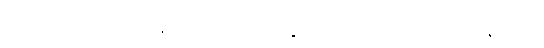
၂၀၁၉ -၂၀ ပညာသင်နှစ်မှာ ကျောင်းအပ်နှံတဲ့ ဦးရေက ၉ ဒသမ ၇ သန်းကျော်